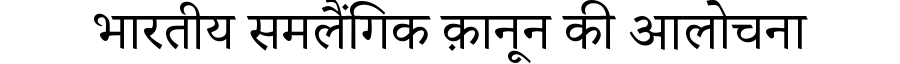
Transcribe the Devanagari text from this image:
भारतीय समलैंगिक क़ानून की आलोचना